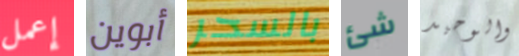
إعمل أبوين بالسحر شئ والوحيد